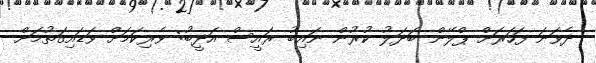
ދެވަނަ ފަހަރަށް ޕްލޭން ބަދަލު ކުރުން ނައިބު ރައީސް އަދީބު: ވެރިކަމަށް ވަޑައިގަތުމަށް